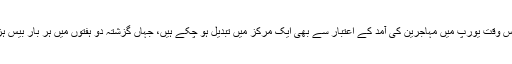
تاہم ایک اعشاریہ چار ملین کی آباد والا یہ شہر اس وقت یورپ میں مہاجرین کی آمد کے اعتبار سے بھی ایک مرکز میں تبدیل ہو چکے ہیں، جہاں گزشتہ دو ہفتوں میں ہر بار بیس ہزار شامی، افغان اور عراقی مہاجرین پہنچے ہیں۔